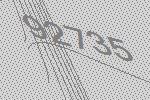
92735